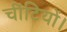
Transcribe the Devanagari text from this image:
चींटियों।